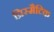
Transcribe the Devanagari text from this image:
प्रिस्मैटिक